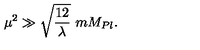
\mu ^ { 2 } \gg \sqrt { \frac { 1 2 } { \lambda } } \ m M _ { P l } .